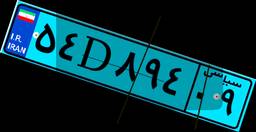
۵۴D۸۹۴۰۹